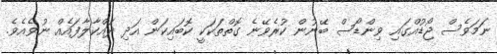
ނަމަވެސް ޖޯޑުއްގައި ވިންޑޯސް ބޭނުން ކުރެވޭނެ ގޮތްތަކަކީ ކޮބައިކަން އަދި ދައްކާލާފައެއް ނުވެއެވެ.